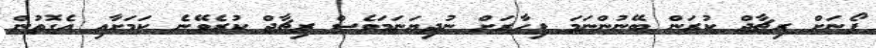
ފޯނަށް ރިޗާޖް ކުރަން ބޭނުންނަމަ ފިހާރަށް ނުދިޔަނަމަވެސް ރިޗާޖް ކުރެވޭނެ ކަމަށާއި އެގޮތުން